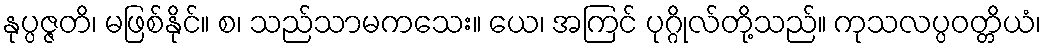
နုပ္ပဇ္ဇတိ၊ မဖြစ်နိုင်။ စ၊ သည်သာမကသေး။ ယေ၊ အကြင် ပုဂ္ဂိုလ်တို့သည်။ ကုသလပ္ပဝတ္တိယံ၊